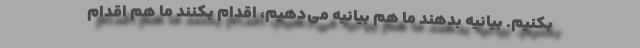
بکنیم. بیانیه بدهند ما هم بیانیه می‌دهیم، اقدام بکنند ما هم اقدام